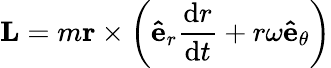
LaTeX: \mathbf{L}=m\mathbf{r}\times\left(\mathbf{\hat{e}}_{r}{\frac{\mathrm{d}r}{\mathrm{d}t}}+r\omega\mathbf{\hat{e}}_{\theta}\right)